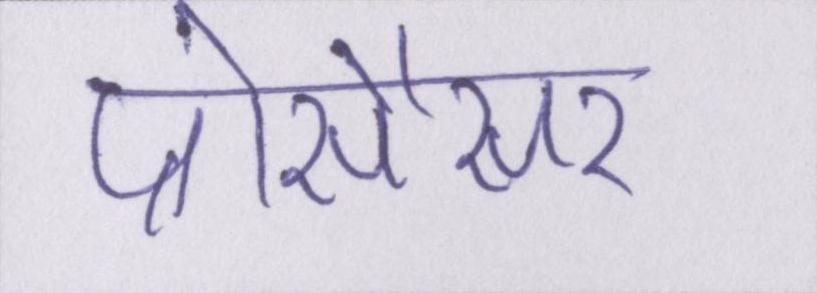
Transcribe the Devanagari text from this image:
प्रोसैसर